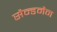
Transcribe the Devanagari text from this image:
सैन्डमैन